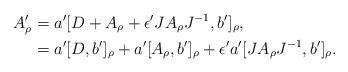
LaTeX: \begin{align*} A'_\rho &= a'[D + A_\rho +\epsilon' J A_\rho J^{-1} , b']_\rho, \\& = a'[D,b']_\rho +a'[A_\rho, b']_\rho + \epsilon' a'[JA_\rho J^{-1}, b' ]_\rho.\end{align*}